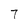
Character: 7